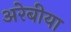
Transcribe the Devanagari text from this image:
अरेबीया